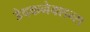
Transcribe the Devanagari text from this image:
डेवकनेक्शन्स